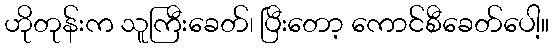
ဟိုတုန်းက သူကြီးခေတ်၊ ပြီးတော့ ကောင်စီခေတ်ပေါ့။